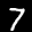
Label: 7